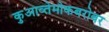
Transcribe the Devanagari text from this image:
कुआव्तेमोकबरोबर